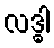
လဒ္ဓါ